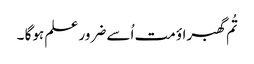
تُم گھبراؤ مت اُسے ضرور علم ہوگا ۔